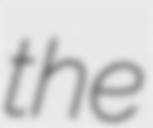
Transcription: the